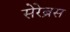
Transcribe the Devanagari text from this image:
सेरेब्रस